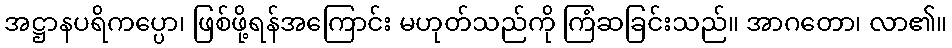
အဋ္ဌာနပရိကပ္ပော၊ ဖြစ်ဖို့ရန်အကြောင်း မဟုတ်သည်ကို ကြံဆခြင်းသည်။ အာဂတော၊ လာ၏။